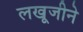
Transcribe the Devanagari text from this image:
लखूजीने